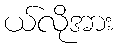
ယ်လိုအား